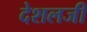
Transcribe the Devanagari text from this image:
देशलजी